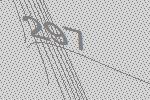
297